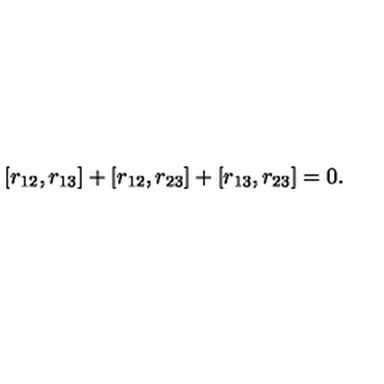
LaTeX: [ r _ { 1 2 } , r _ { 1 3 } ] + [ r _ { 1 2 } , r _ { 2 3 } ] + [ r _ { 1 3 } , r _ { 2 3 } ] = 0 .